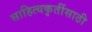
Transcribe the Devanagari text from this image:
साहित्यकृतींसाठी